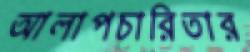
আলাপচারিতার